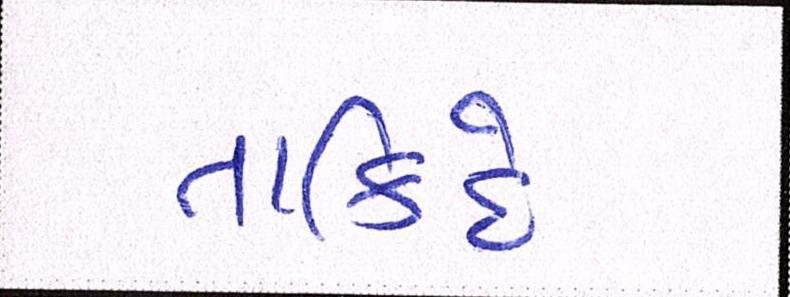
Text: તાકિદે